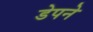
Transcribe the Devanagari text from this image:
डेपने